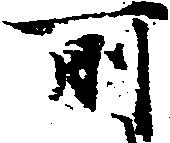
所